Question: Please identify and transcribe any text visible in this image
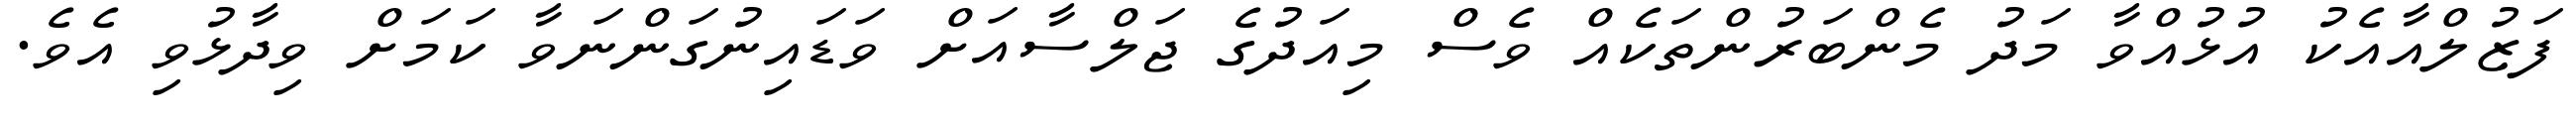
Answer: ފަޒުލްއާއެކު އުޅުއްވާ މަދު މެންބަރުންތަކެއް ވެސް މިއަދުގެ ޖަލްސާއަށް ވަޑައިނުގަންނަވާ ކަމަށް ވިދާޅުވި އެވެ.